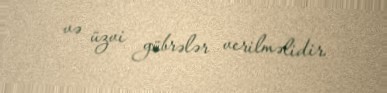
və üzvi gübrələr verilməlidir.